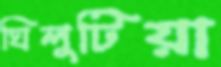
ঘিলুটিয়া